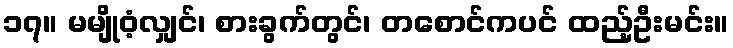
၁၇။ မမျိုဝံ့လျှင်၊ စားခွက်တွင်၊ တစောင်ကပင် ထည့်ဦးမင်း။